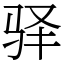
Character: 驿